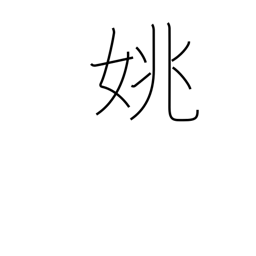
Meaning: beautiful